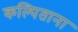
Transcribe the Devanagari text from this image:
कल्पिताना